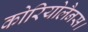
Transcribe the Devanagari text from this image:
कोरियोलैनस।